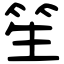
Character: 笙